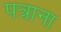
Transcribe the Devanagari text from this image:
पत्राना